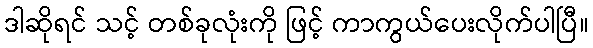
ဒါဆိုရင် သင့် တစ်ခုလုံးကို ဖြင့် ကာကွယ်ပေးလိုက်ပါပြီ။